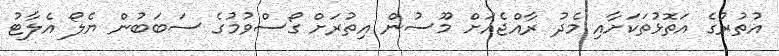
އުތުރުގެ އަތޮޅުތަކަށާއި މެދު ރާއްޖެއަށް މޫސުން އިތުރަށް ގޯސްވުމުގެ ސަބަބުން ޔެލޯ އެލާޓު